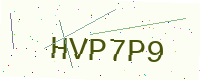
Text: HVP7P9